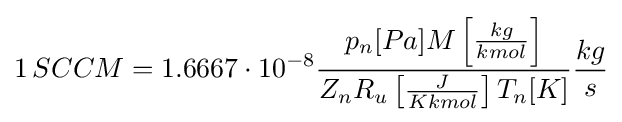
1\,SCCM=1.6667\cdot 10^{-8}{\frac {p_{n}[Pa]M\left[{\frac {kg}{kmol}}\right]}{Z_{n}R_{u}\left[{\frac {J}{Kkmol}}\right]T_{n}[K]}}{\frac {kg}{s}}